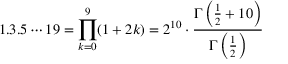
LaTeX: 1 . 3 . 5 \cdots 1 9 = \prod _ { k = 0 } ^ { 9 } ( 1 + 2 k ) = 2 ^ { 1 0 } \cdot { \frac { \Gamma \left( { \frac { 1 } { 2 } } + 1 0 \right) } { \Gamma \left( { \frac { 1 } { 2 } } \right) } }